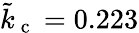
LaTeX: \tilde{k}_{\mathrm{~c~}}=0.223